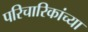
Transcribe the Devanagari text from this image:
परिचारिकांच्या